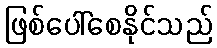
ဖြစ်ပေါ်စေနိုင်သည်